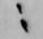
ニ